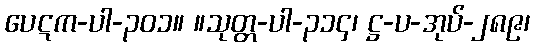
ပေဋက-ပါ-၃၀၁။ ။သုတ္တ-ပါ-၃၁၄၊ ဋ္ဌ-ပ-အုပ်-၂၈၉၊